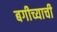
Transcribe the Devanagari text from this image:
बगीच्याची